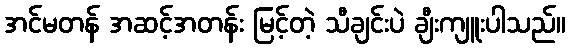
အင်မတန် အဆင့်အတန်း မြင့်တဲ့ သီချင်းပဲ ချီးကျူးပါသည်။